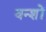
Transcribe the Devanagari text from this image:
वन्शों